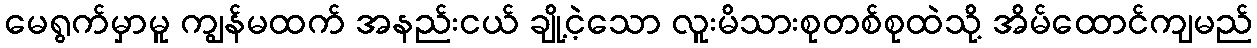
မေရွက်မှာမူ ကျွန်မထက် အနည်းငယ် ချို့ငဲ့သော လူးမိသားစုတစ်စုထဲသို့ အိမ်ထောင်ကျမည်